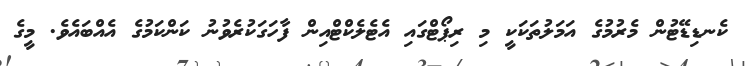
ކެނޑިޑޭޓުން މެރުމުގެ އަމަލުތަކަކީ މި ރިޕޯޓްގައި އެޓެލެކްޓްއިން ފާހަގަކުރެވުނު ކަންކަމުގެ އެއްބައެވެ. މީގެ